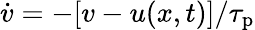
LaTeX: \dot{v}=-[v-u(x,t)]/\tau_{\mathrm{p}}